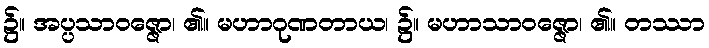
၌။ အပ္ပသာဝဇ္ဇော၊ ၏။ မဟာဂုဏတာယ၊ ၌။ မဟာသာဝဇ္ဇော၊ ၏။ တဿာ